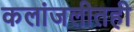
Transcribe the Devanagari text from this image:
कलांजलीतही